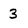
Character: 3